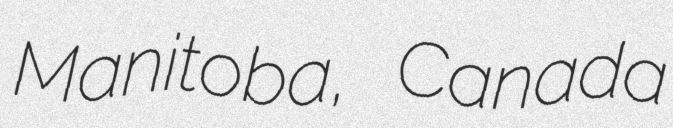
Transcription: Manitoba, Canada